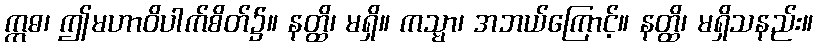
ဣဓ၊ ဤမဟာဝိပါက်စိတ်၌။ နတ္ထိ၊ မရှိ။ ကသ္မာ၊ အဘယ်ကြောင့်။ နတ္ထိ၊ မရှိသနည်း။